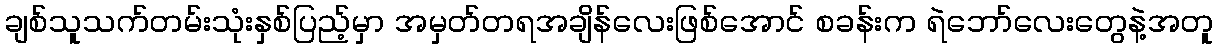
ချစ်သူသက်တမ်းသုံးနှစ်ပြည့်မှာ အမှတ်တရအချိန်လေးဖြစ်အောင် စခန်းက ရဲဘော်လေးတွေနဲ့အတူ